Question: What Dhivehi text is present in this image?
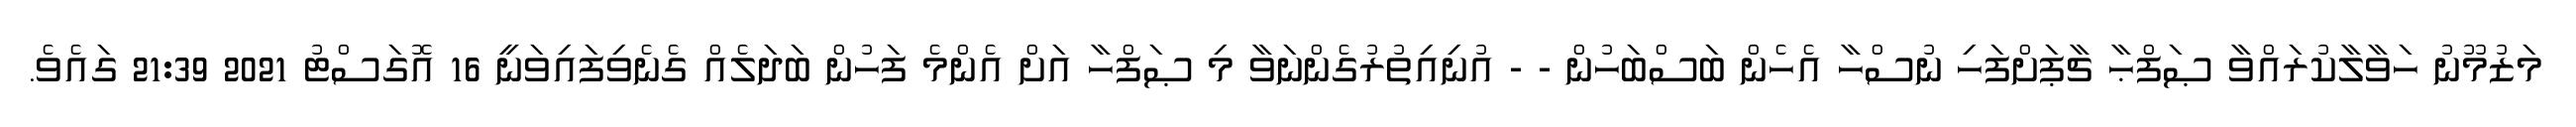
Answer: މަޒުމޫނު ހަވާލާކުރައްވާ ޞަފްޙާ ޗާޕަށްފަހި ނުސްހާ އެހެން ބަސްބަހުން - - އުނިއިތުރުގެންނަވާ މި ޞަފްހާ އަށް އެންމެ ފަހުން ބަދަލެއް ގެނެވިފައިވަނީ 16 އޮގަސްޓު 2021 21:39 ގައެވެ.